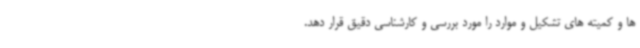
ها و کمیته های تشکیل و موارد را مورد بررسی و کارشناسی دقیق قرار دهد.